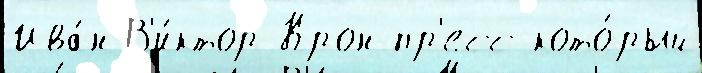
Ива́н В'и́ктор Крон-пр'есс кото́рый